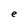
Character: e